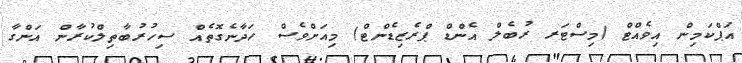
އަޕްކަމިން އިވެއްޓް (މިސްޓަރ ރުބެލް އެންޑް ޕްރެޒިޑެންޓް) މިއަށްވެސް ހަދާނެގޮތެއް ސިހުރުބާތިލްކުރާން އަންގާ